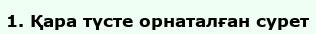
1. Қара түсте орнаталған сурет